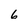
Character: 6